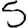
Digit: 5